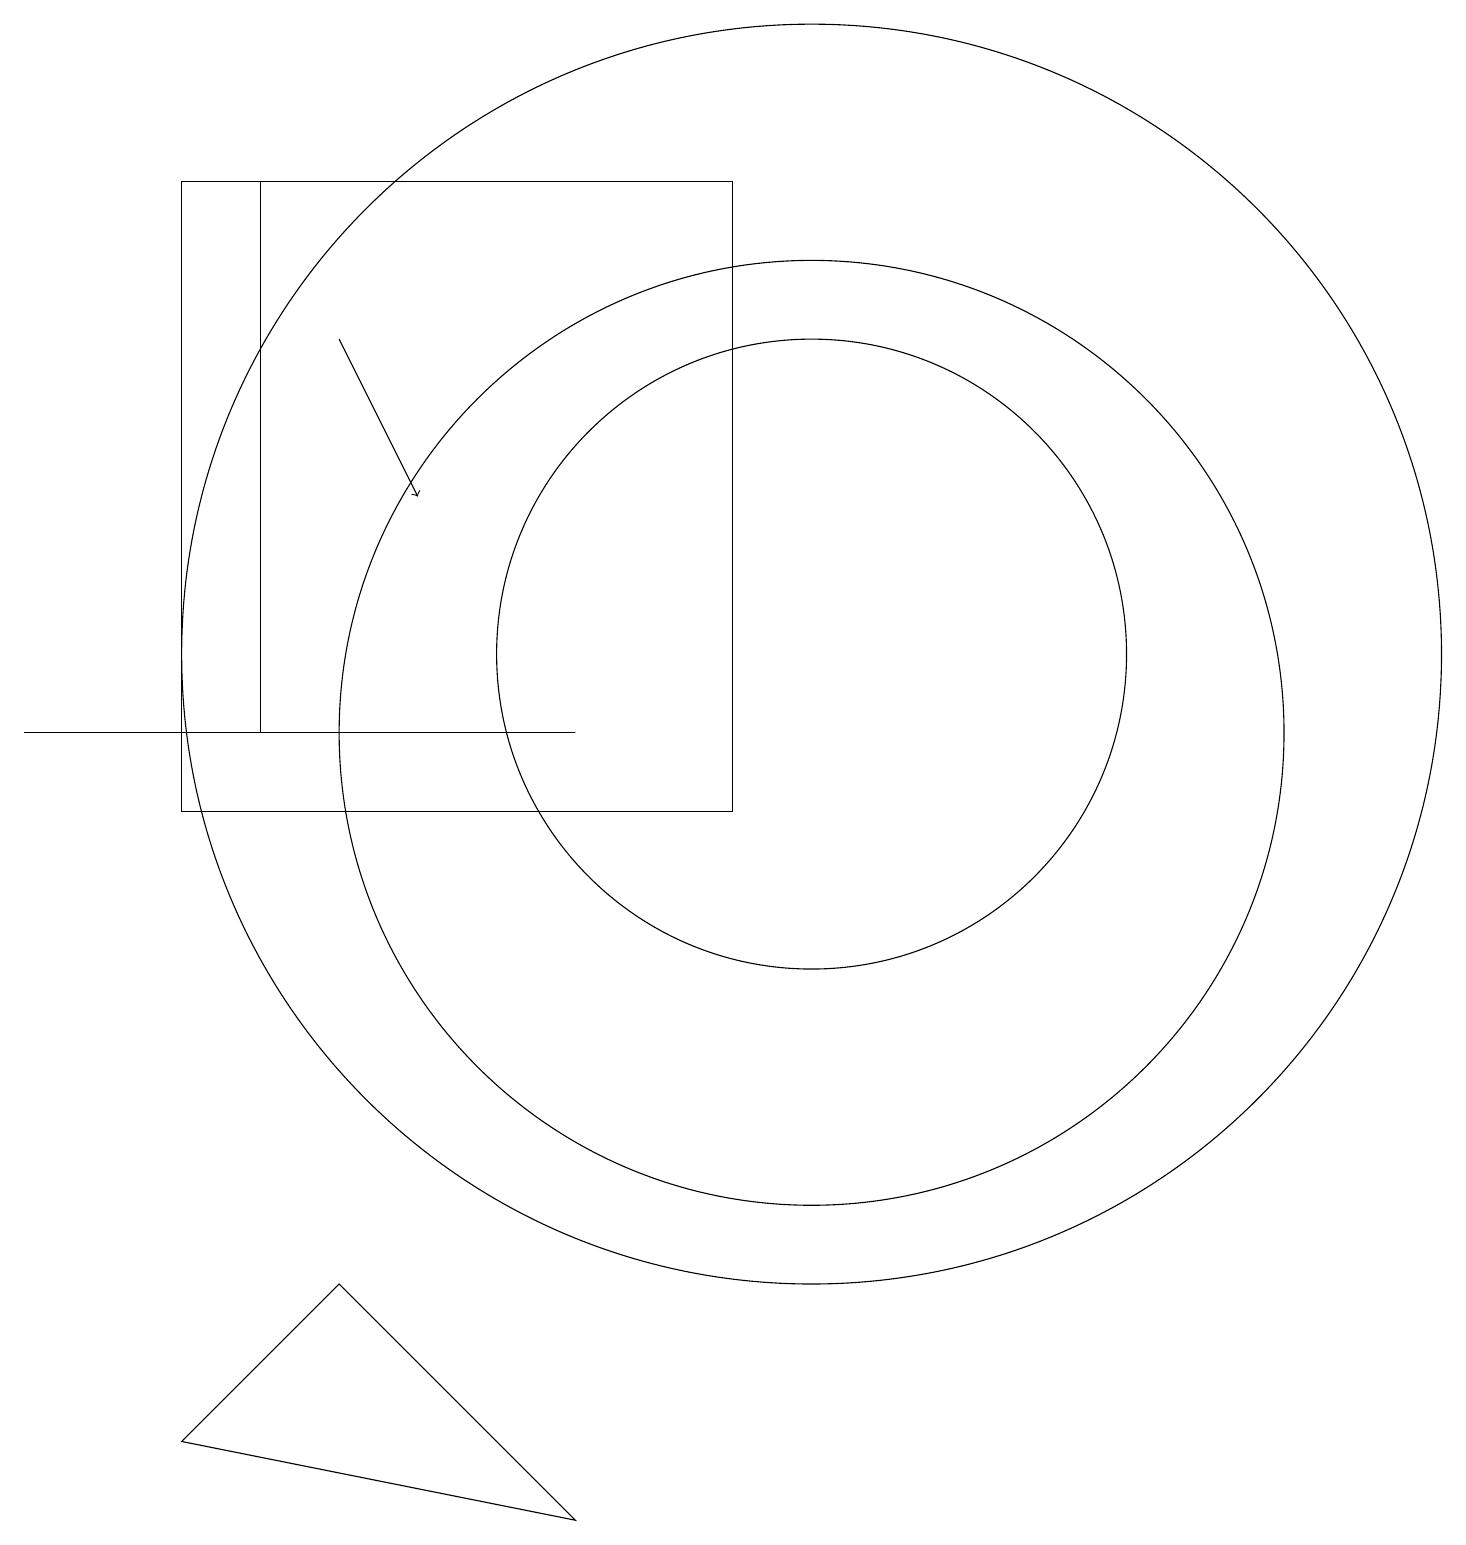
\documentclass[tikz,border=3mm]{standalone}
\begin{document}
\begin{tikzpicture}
\draw (10,12) circle (8);
\draw (9,10) rectangle (2,18);
\draw (10,11) circle (6);
\draw (7,1) -- (2,2) -- (4,4) -- cycle;
\draw (2,18) rectangle (3,11);
\draw (0,11) rectangle (7,11);
\draw[->] (4,16) -- (5,14);
\draw (10,12) circle (4);
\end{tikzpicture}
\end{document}